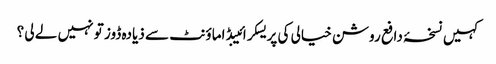
کہیں نسخۂ دافع روشن خیالی کی پریسکرائیبڈ اماؤنٹ سے ذیادہ ڈوز تو نہیں لے لی ؟